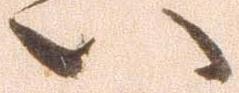
い